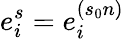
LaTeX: e_{i}^{s}=e_{i}^{(s_{0}n)}